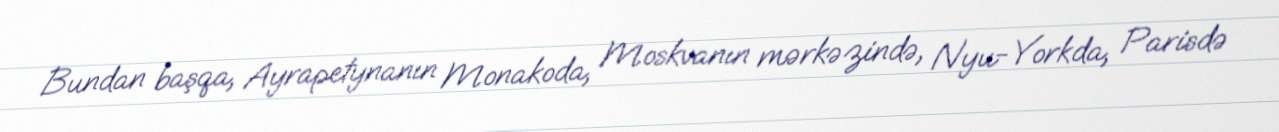
Bundan başqa, Ayrapetynanın Monakoda, Moskvanın mərkəzində, Nyu-Yorkda, Parisdə